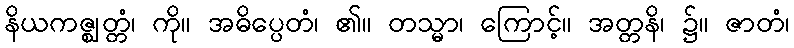
နိယကဇ္ဈတ္တံ၊ ကို။ အဓိပ္ပေတံ၊ ၏။ တသ္မာ၊ ကြောင့်။ အတ္တနိ၊ ၌။ ဇာတံ၊